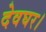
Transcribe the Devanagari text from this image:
देवघर।